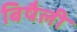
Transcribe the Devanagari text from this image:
बिषैली